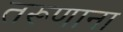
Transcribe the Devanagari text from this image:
तरूणाना